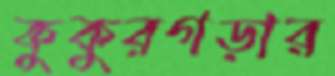
কুকুরগড়ার